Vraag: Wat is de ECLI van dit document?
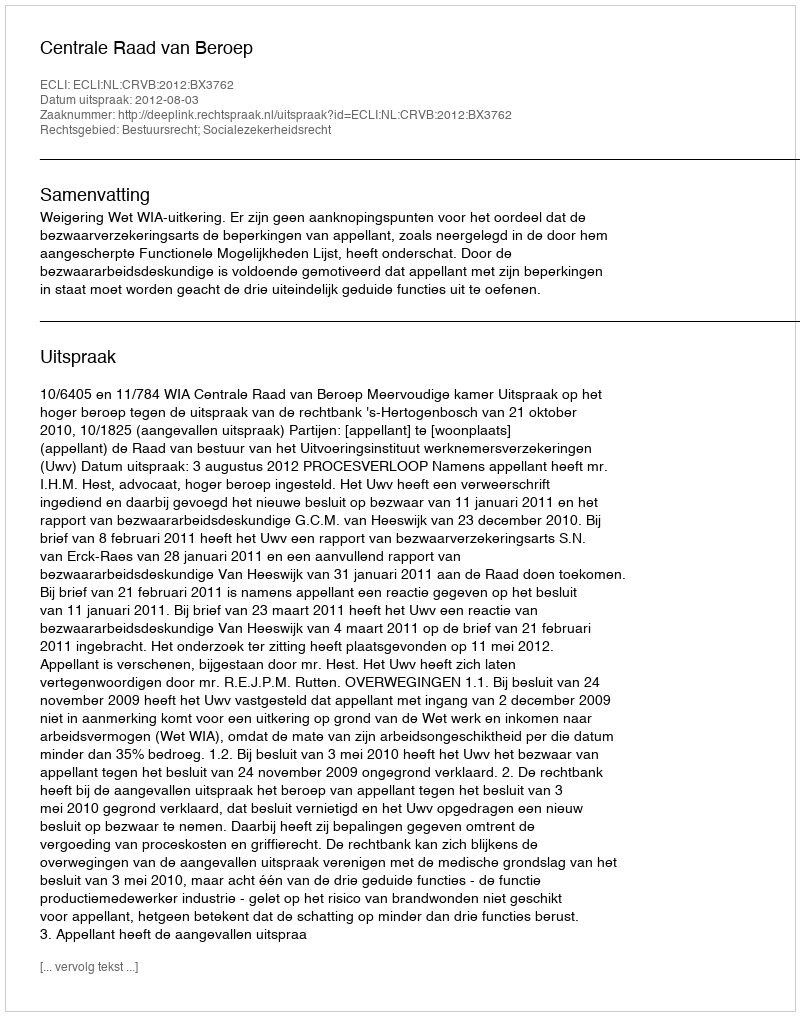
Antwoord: ECLI:NL:CRVB:2012:BX3762